Scottish Certificate of Education, 1963
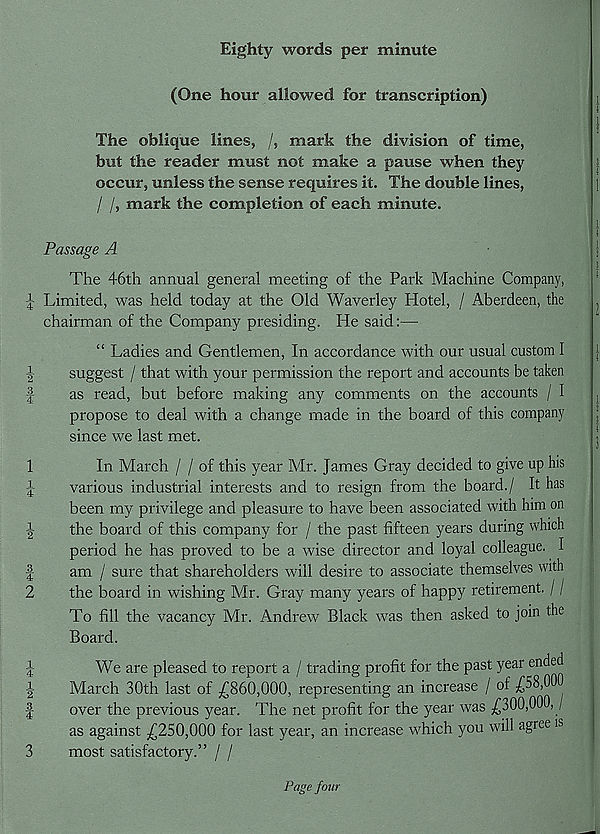
^Ico
t>J tf^lco
CO| M
rfs-jM t—^
t^|W t>i[M
Eighty words per minute
(One hour allowed for transcription)
The oblique lines, /, mark the division of time,
but the reader must not make a pause when they
occur, unless the sense requires it. The double lines,
/ /, mark the completion of each minute.
Passage A
The 46th annual general meeting of the Park Machine Company,
Limited, was held today at the Old Waverley Hotel, / Aberdeen, the
chairman of the Company presiding. He said:—
“ Ladies and Gentlemen, In accordance with our usual custom I
suggest / that with your permission the report and accounts be taken
as read, but before making any comments on the accounts / I
propose to deal with a change made in the board of this company
since we last met.
In March / / of this year Mr. James Gray decided to give up his
various industrial interests and to resign from the board./ It has
been my privilege and pleasure to have been associated with him on
the board of this company for / the past fifteen years during which
period he has proved to be a wise director and loyal colleague. I
am / sure that shareholders will desire to associate themselves with
the board in wishing Mr. Gray many years of happy retirement. / /
To fill the vacancy Mr. Andrew Black was then asked to join the
Board.
We are pleased to report a / trading profit for the past year ended
March 30th last of ,6860,000, representing an increase / of £58,00
over the previous year. The net profit for the year was £300,000, /
as against £250,000 for last year, an increase which you will agree is
3
most satisfactory.” / /
Page four